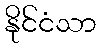
နိုင်ငံသာ